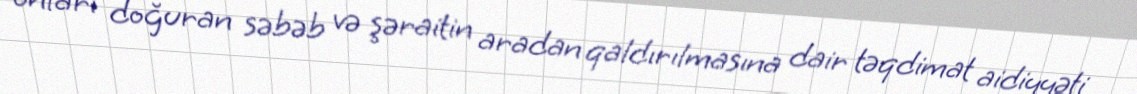
onları doğuran səbəb və şəraitin aradan qaldırılmasına dair təqdimat aidiyyəti